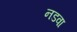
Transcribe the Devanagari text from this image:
नडवा